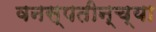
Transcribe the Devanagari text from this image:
वनस्पतीन्च्या